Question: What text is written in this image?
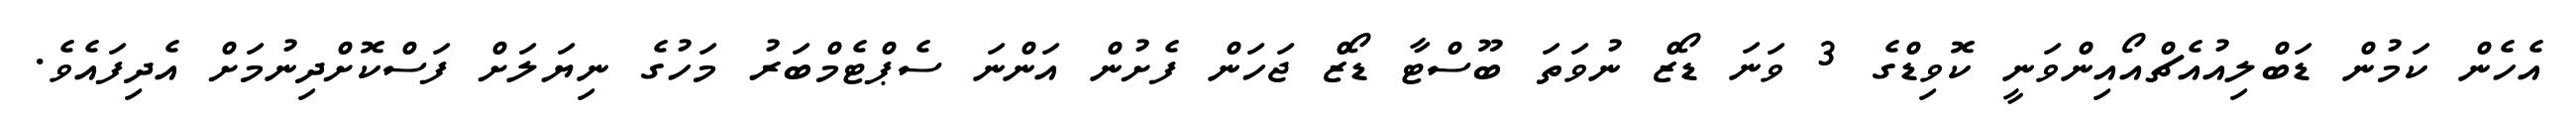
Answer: އެހެން ކަމުން ޑަބްލިއުއެޗްއޯއިންވަނީ ކޮވިޑްގެ 3 ވަނަ ޑޯޒް ނުވަތަ ބޫސްޓާ ޑޯޒް ޖަހަން ފެށުން އަންނަ ސެޕްޓެމްބަރު މަހުގެ ނިޔަލަށް ފަސްކޮށްދިނުމަށް އެދިފައެވެ.